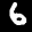
Digit: 6